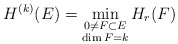
\begin{align*}H^{(k)}(E)=\min\limits_{\substack{0 \neq F \subset E\\ \dim F = k}} H_r(F)\end{align*}